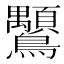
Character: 𲍪